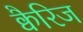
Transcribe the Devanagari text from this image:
क्वैरिज